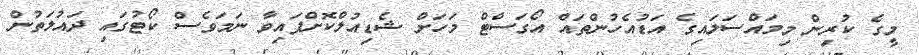
މީގެ ކުރިން މިމައްސަލައިގެ އަޑުއެހުންތައް އޯގަސްޓް މަހަށް ޝެޑިއުލްކޮށްފައިވާ ނަމަވެސް ކޯޓުގައި ދައުލަތުން